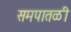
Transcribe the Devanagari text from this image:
समपातळी